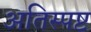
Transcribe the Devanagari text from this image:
अतिस्पष्ट